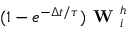
( 1 - e ^ { - \Delta t / \tau } ) \textbf { W } _ { i } ^ { h }